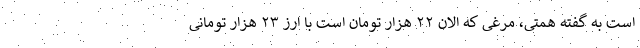
است به گفته همتی، مرغی که الان ٢٢ هزار تومان است با ارز ٢٣ هزار تومانی